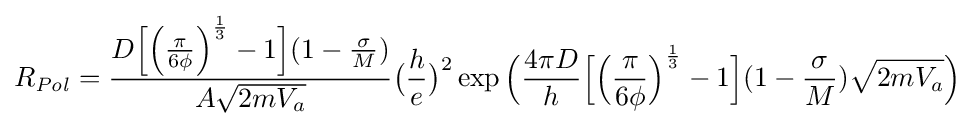
R_{\it {Pol}}={\frac {D{\Big [}{\Big (}{\frac {\pi }{6\phi }}{\Big )}^{\frac {1}{3}}-1{\Big ]}(1-{\frac {\sigma }{M}})}{A{\sqrt {2mV_{a}}}}}{\big (}{\frac {h}{e}}{\big )}^{2}\exp {\Big (}{\frac {4{\pi }D}{h}}{\Big [}{\Big (}{\frac {\pi }{6\phi }}{\Big )}^{\frac {1}{3}}-1{\Big ]}(1-{\frac {\sigma }{M}}){\sqrt {2mV_{a}}}{\Big )}